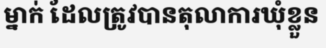
ម្នាក់ ដែលត្រូវបានតុលាការឃុំខ្លួន